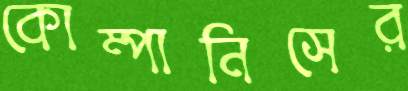
কোম্পানিসের